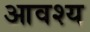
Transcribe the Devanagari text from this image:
आवश्‍य